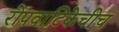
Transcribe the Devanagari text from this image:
रोपवाटिकेचीच